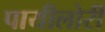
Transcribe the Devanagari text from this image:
पायीलोरी